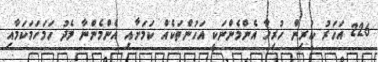
226 އަހަރު ކުރިން ހުރިހާ އެންމެންނަކީ އަހުންތަކެއް ކަމަށާއި އެންމެންނާ މެދު ހަމަހަމަކަމާއި